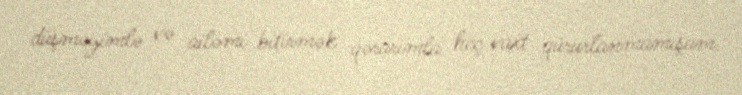
düşməyimlə və ailəmi bitirmək qərarımla heç vaxt qürurlanmamışam.